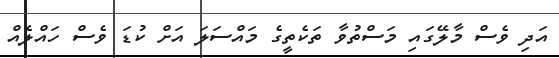
އަދި ވެސް މާލޭގައި މަސްތުވާ ތަކެތީގެ މައްސަލަ އަށް ކުޑަ ވެސް ހައްލެއް